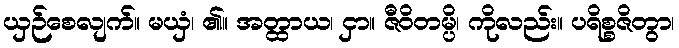
ယှဉ်စေလျက်။ မယှံ၊ ၏။ အတ္ထာယ၊ ငှာ။ ဇီဝိတမ္ပိ၊ ကိုလည်း။ ပရိစ္စဇိတွာ၊